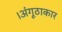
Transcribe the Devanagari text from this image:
।अंगूठाकार